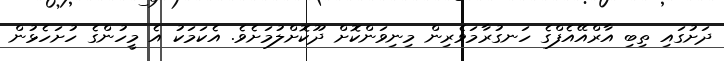
ދަށުގައި ތިބި އާރްއޭއެފްގެ ހަނގުރާމަވެރިން މިނިވަންކޮށް ދޫކޮށްލުމަށެވެ. އެކަމަކު އެ މީހުންގެ ހުށަހެޅުން